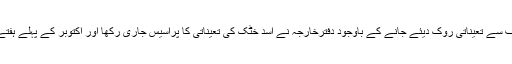
اخبار نے دفترخارجہ کے ذرائع کے حوالے سے بتایا ہے کہ وزیراعظم کی طرف سے تعیناتی روک دیئے جانے کے باوجود دفترخارجہ نے اسد خٹک کی تعیناتی کا پراسیس جاری رکھا اور اکتوبر کے پہلے ہفتے میں سری لنکن حکومت کو سعد خٹک کی تعیناتی پر رضامند کے لیے لکھ دیا۔